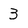
Character: 3